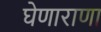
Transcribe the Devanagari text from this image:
घेणाराणा